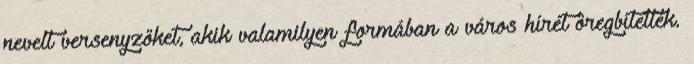
nevelt versenyzőket, akik valamilyen formában a város hírét öregbítették.